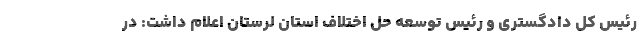
رئیس کل دادگستری و رئیس توسعه حل اختلاف استان لرستان اعلام داشت: در